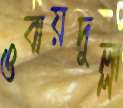
ওবায়দুল্লা